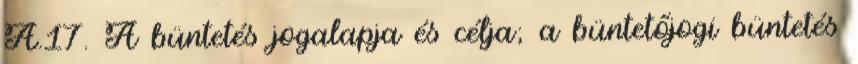
A.17. A büntetés jogalapja és célja; a büntetőjogi büntetés